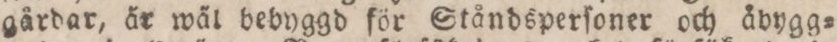
gårdar, år wäl bebyggd för Ståndsperſoner och åbygg=